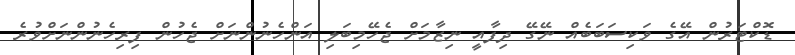
ޑޮކްޓަރުން އޭގެ ވަކިސަބަބެއް ނޭގޭ ދިފާއީ ނިޒާމަށް ޖެހޭމިބަލި އަންހެނުންނަށް ޖެހުން ފިރިހެނުންނަށްވުރެ